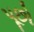
પૂછો